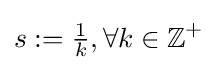
s:={\tfrac {1}{k}},\forall k\in \mathbb {Z} ^{+}